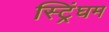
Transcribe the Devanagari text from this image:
स्ट्रिंघम